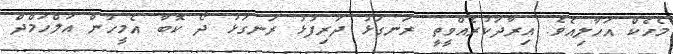
މެހެކް އަހާލިއެވެ. އިރާދަކުރެއްވީތީ ރަނގަޅު ދަރިފުޅު ރަނގަޅު ދޯ ކޮބާ އެމީހުން އަލްހަމްދް